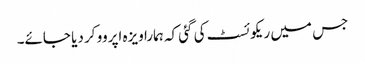
جس میں ریکوئسٹ کی گئی کہ ہمارا ویزہ اپروو کر دیا جائے۔